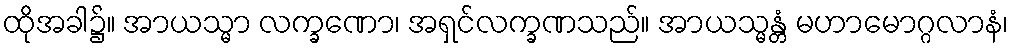
ထိုအခါ၌။ အာယသ္မာ လက္ခဏော၊ အရှင်လက္ခဏသည်။ အာယသ္မန္တံ မဟာမောဂ္ဂလာနံ၊